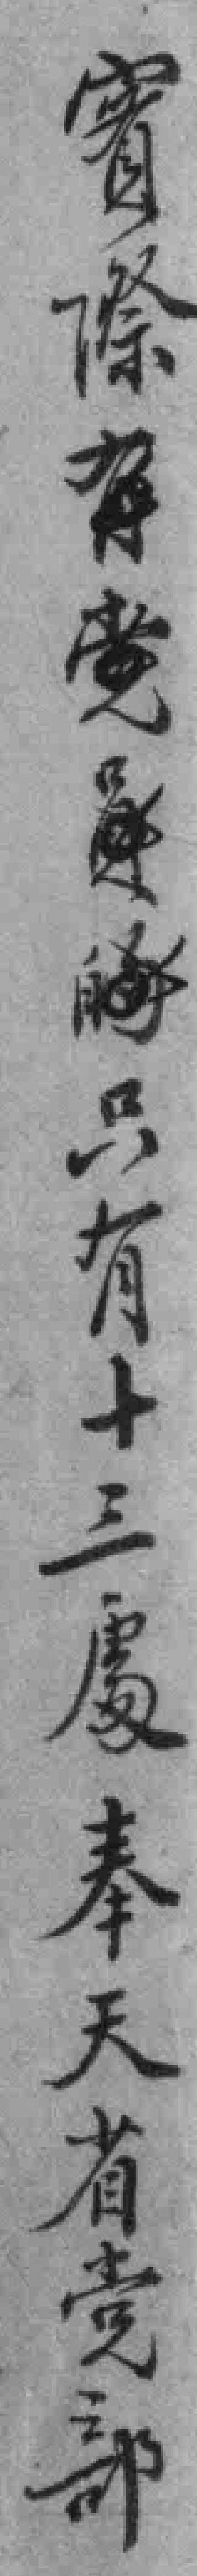
實際只有十三處奉天省党部